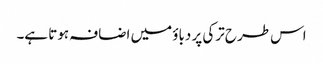
اس طرح ترکی پر دباؤ میں اضافہ ہوتا ہے۔